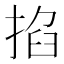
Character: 掐